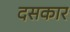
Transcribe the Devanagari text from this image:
दसकार